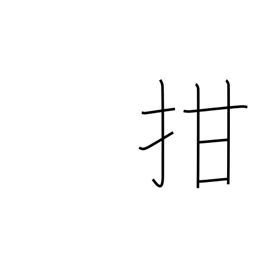
Meaning: shut one's mouth